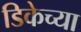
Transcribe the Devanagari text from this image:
डिकेच्या